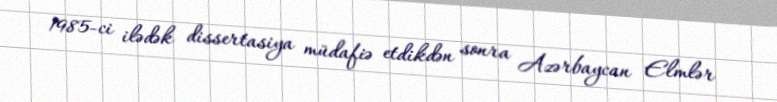
1985-ci ilədək dissertasiya müdafiə etdikdən sonra Azərbaycan Elmlər